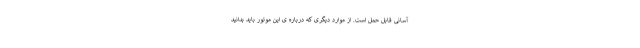
آسانی قابل حمل است. از موارد دیگری که درباره ی این موتور باید بدانید